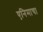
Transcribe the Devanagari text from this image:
एनिमाचा